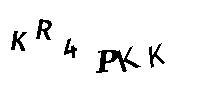
KR4PKK